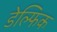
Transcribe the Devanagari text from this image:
डेल्फिक